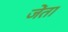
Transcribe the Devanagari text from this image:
जेंता